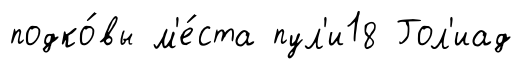
подко́вы м'е́ста пул'и18 Гол'иад